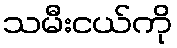
သမီးငယ်ကို